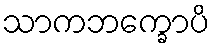
သာကဘက္ခောပိ